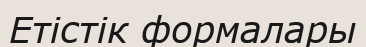
Етістік формалары